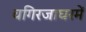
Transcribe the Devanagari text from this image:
चगिरजाघरमें